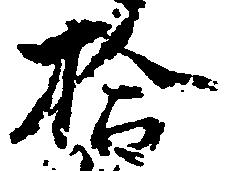
拾